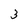
Character: 3